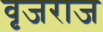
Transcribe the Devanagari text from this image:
वृजराज